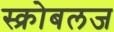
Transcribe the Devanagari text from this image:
स्क्रोबलज